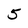
Character: 5